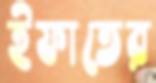
ইফাতের